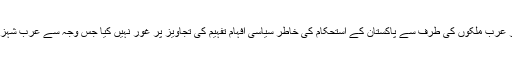
سلیکٹڈ نے قرضوں اور محض ادھار تیل کیلئے گاڑیاں ڈرائیو کیں مگر عرب ملکوں کی طرف سے پاکستان کے استحکام کی خاطر سیاسی افہام تفہیم کی تجاویز پر غور نہیں کیا جس وجہ سے عرب شہزادے بھی جان چکے ہیں کہ سلیکٹڈ سے بات کرنے کا کوئی فائدہ نہیں۔